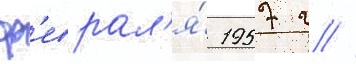
ф'еврал'я́ 1957 г //